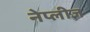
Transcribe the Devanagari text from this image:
नेप्लीज